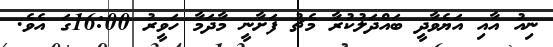
ނިއު އާއި އަޔެވާދީ ބައްދަލުކުރާ މެޗު ފަށާނީ މާދަމާ ހަވީރު 16:00ގަ އެވެ.